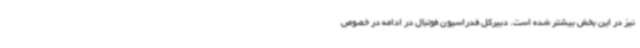
نیز در این بخش بیشتر شده است. دبیرکل فدراسیون فوتبال در ادامه در خصوص